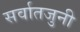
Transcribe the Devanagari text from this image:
सर्वातजुनी